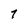
Character: 7